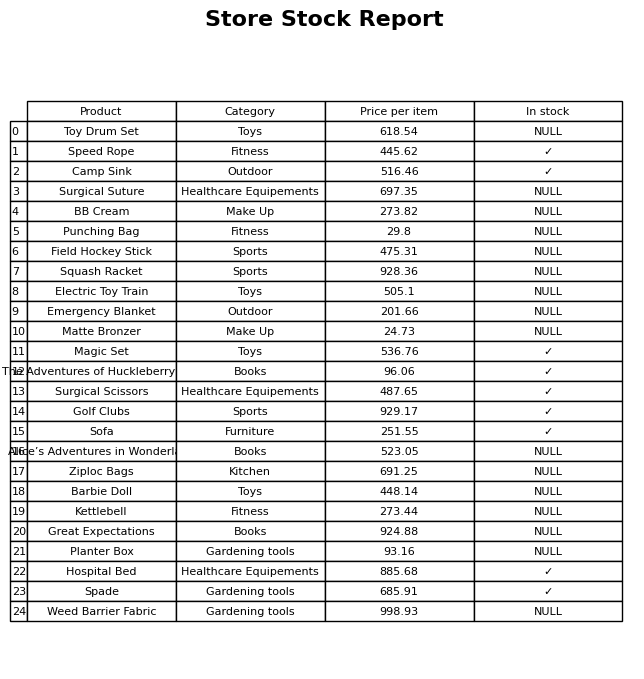
question: What is the price for Squash Racket?
answer: The price of Squash Racket is 928.36.